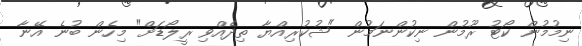
ނިމުމުން ކޯޓު ރޫމުން ނިކުންނަމުން "ޝުކުރިއްޔާ ތިދެއްވި ރީލޯޑަށް" މިހެން ބުނެ އޭނާ